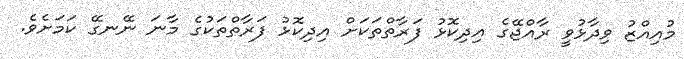
މުއިއްޒު ވިދާޅުވީ ރާއްޖޭގެ އިދިކޮޅު ފަރާތްތަކަށް އިދިކޮޅު ފަރާތްތަކުގެ މާނަ ނޭނގޭ ކަމަށެވެ.